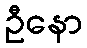
ဦနော